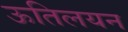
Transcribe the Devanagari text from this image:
ऊतिलयन